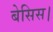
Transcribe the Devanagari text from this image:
बेसिस।